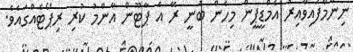
ނިންމާފައިވާއިރު އެމްޑީޕީން މިހެން ބުނީ ރޭ އެ ޕާޓޫން އާންމު ކުރި ރިޕޯޓެއްގައެވެ.